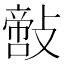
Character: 𢿪